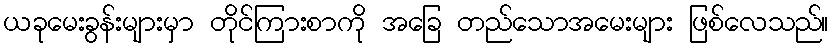
ယခုမေးခွန်းများမှာ တိုင်ကြားစာကို အခြေ တည်သောအမေးများ ဖြစ်လေသည်။